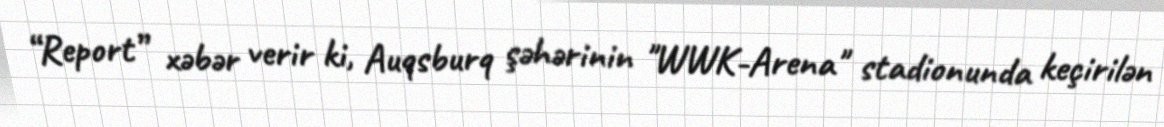
“Report” xəbər verir ki, Auqsburq şəhərinin "WWK-Arena" stadionunda keçirilən